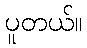
ပူတယ်။